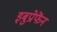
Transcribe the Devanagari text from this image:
इबुप्रोफेंन